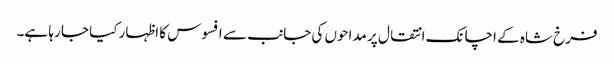
فرخ شاہ کے اچانک انتقال پر مداحوں کی جانب سے افسوس کا اظہار کیا جا رہا ہے۔